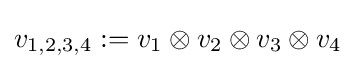
v_{1,2,3,4}:=v_{1}\otimes v_{2}\otimes v_{3}\otimes v_{4}